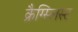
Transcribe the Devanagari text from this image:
क्रैग्स्लिस्ट